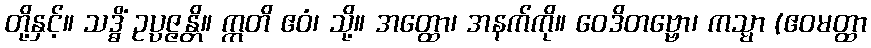
တို့နှင့်။ သဒ္ဓိံ ဥပ္ပဇ္ဇန္တိ။ ဣတိ ဧဝံ၊ သို့။ အတ္ထော၊ အနက်ကို။ ဝေဒိတဗ္ဗော၊ ကသ္မာ (ဧဝမတ္ထာ